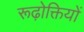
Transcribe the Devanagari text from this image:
रूढ़ोक्तियों